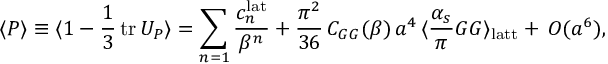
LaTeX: \langle P \rangle \equiv \langle 1 - \frac { 1 } { 3 } \, \mathrm { t r } \, U _ { P } \rangle = \sum _ { n = 1 } \frac { c _ { n } ^ { \mathrm { l a t } } } { \beta ^ { n } } + \frac { \pi ^ { 2 } } { 3 6 } \, C _ { G G } ( \beta ) \, a ^ { 4 } \, \langle \frac { \alpha _ { s } } { \pi } G G \rangle _ { \mathrm { l a t t } } + \, O ( a ^ { 6 } ) ,